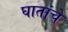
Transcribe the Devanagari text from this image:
घातांचे